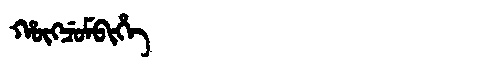
Manchu: ᡥᡡᡴᠴᡠᠮᠪᡳᡥᡝ
Romanization: HŪKCUMBIHE